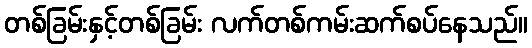
တစ်ခြမ်းနှင့်တစ်ခြမ်း လက်တစ်ကမ်းဆက်စပ်နေသည်။